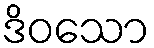
ဒိဝသော